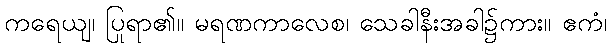
ကရေယျ၊ ပြုရာ၏။ မရဏကာလေစ၊ သေခါနီးအခါ၌ကား။ ဧကံ၊